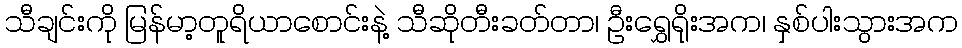
သီချင်းကို မြန်မာ့တူရိယာစောင်းနဲ့ သီဆိုတီးခတ်တာ၊ ဦးရွှေရိုးအက၊ နှစ်ပါးသွားအက